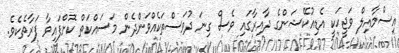
އިސްމާއިލް ވަޖީހަކީ އެޑިއުކޭޝަންގެ ދާއިރާގައި ވެސް ގިނަ ދުވަސްތަކެއްވަންދެން މަސައްކަތް ކޮށްފައިވާ ފަރާތެކެވެ.